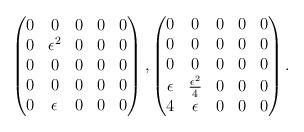
LaTeX: \begin{align*}\begin{pmatrix}0&0&0&0&0\\0&\epsilon^2&0&0&0\\0&0&0&0&0\\0&0&0&0&0\\0&\epsilon&0&0&0\\\end{pmatrix},\begin{pmatrix}0&0&0&0&0\\0&0&0&0&0\\0&0&0&0&0\\\epsilon&\frac{\epsilon^2}{4}&0&0&0\\4&\epsilon&0&0&0\\\end{pmatrix}.\end{align*}